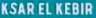
KSAR EL KEBIR